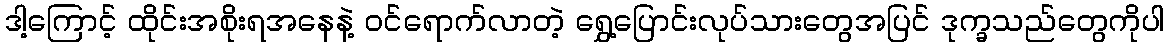
ဒါ့ကြောင့် ထိုင်းအစိုးရအနေနဲ့ ၀င်ရောက်လာတဲ့ ရွှေ့ပြောင်းလုပ်သားတွေအပြင် ဒုက္ခသည်တွေကိုပါ